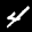
Label: 4